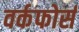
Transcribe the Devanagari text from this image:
वर्कफोर्स